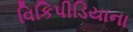
વિકિપીડિયાના